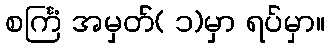
စင်္ကြံ အမှတ်( ၁)မှာ ရပ်မှာ။